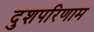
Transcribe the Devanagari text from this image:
दुशपरिणाम